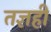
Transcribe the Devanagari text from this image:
तज्ञही